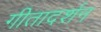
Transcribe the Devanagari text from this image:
गीतादर्शन